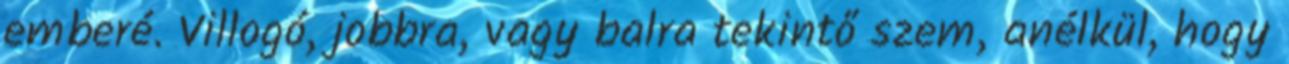
emberé. Villogó, jobbra, vagy balra tekintő szem, anélkül, hogy